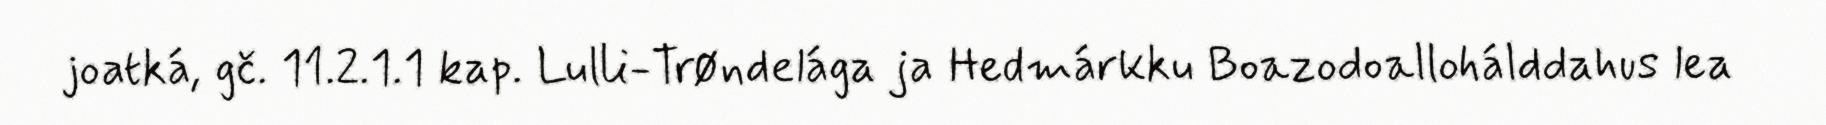
joatká, gč. 11.2.1.1 kap. Lulli-Trøndelága ja Hedmárkku Boazodoallohálddahus lea